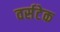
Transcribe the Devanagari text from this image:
वर्सटेक